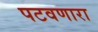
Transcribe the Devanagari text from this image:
पटवणारा